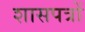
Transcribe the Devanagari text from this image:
शासपत्रों